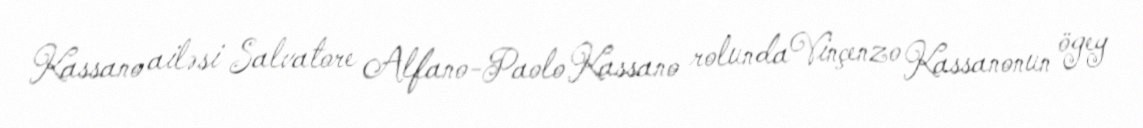
Kassano ailəsi Salvatore Alfano-Paolo Kassano rolundaVinçenzo Kassanonun ögey